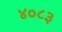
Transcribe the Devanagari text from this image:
४०८३